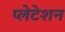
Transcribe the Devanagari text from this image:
प्लेटेशन